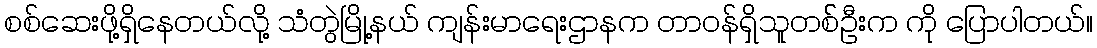
စစ်ဆေးဖို့ရှိနေတယ်လို့ သံတွဲမြို့နယ် ကျန်းမာရေးဌာနက တာဝန်ရှိသူတစ််ဦးက ကို ပြောပါတယ်။